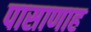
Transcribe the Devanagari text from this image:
पासाणाह